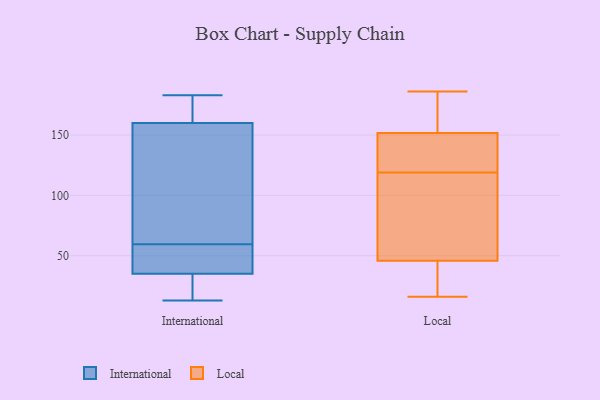
{"axis": {"x": "Inventory Turnover", "y": "Value"}, "legend": ["International", "Local"], "data": [{"x": "", "y": 13, "type": "International"}, {"x": "", "y": 39, "type": "International"}, {"x": "", "y": 160, "type": "International"}, {"x": "", "y": 37, "type": "International"}, {"x": "", "y": 24, "type": "International"}, {"x": "", "y": 171, "type": "International"}, {"x": "", "y": 183, "type": "International"}, {"x": "", "y": 94, "type": "International"}, {"x": "", "y": 80, "type": "International"}, {"x": "", "y": 35, "type": "International"}, {"x": "", "y": 42, "type": "Local"}, {"x": "", "y": 151, "type": "Local"}, {"x": "", "y": 38, "type": "Local"}, {"x": "", "y": 31, "type": "Local"}, {"x": "", "y": 186, "type": "Local"}, {"x": "", "y": 152, "type": "Local"}, {"x": "", "y": 169, "type": "Local"}, {"x": "", "y": 100, "type": "Local"}, {"x": "", "y": 16, "type": "Local"}, {"x": "", "y": 140, "type": "Local"}, {"x": "", "y": 119, "type": "Local"}, {"x": "", "y": 161, "type": "Local"}, {"x": "", "y": 131, "type": "Local"}, {"x": "", "y": 111, "type": "Local"}, {"x": "", "y": 57, "type": "Local"}]}